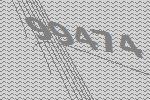
99474